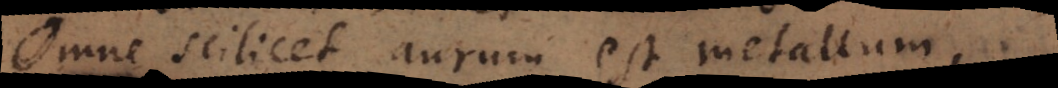
Omne scilicet aurum est metallum,